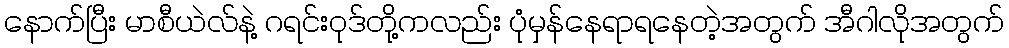
နောက်ပြီး မာစီယဲလ်နဲ့ ဂရင်းဝုဒ်တို့ကလည်း ပုံမှန်နေရာရနေတဲ့အတွက် အီဂါလိုအတွက်